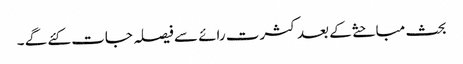
بحث مباحثے کے بعد کثرت رائے سے فیصلہ جات کئے گے ۔